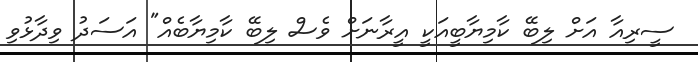
ސީރިއާ އަށް ލިބޭ ކާމިޔާބީއަކީ އީރާނަށް ވެސް ލިބޭ ކާމިޔާބެއް" އަސަދު ވިދާޅުވި